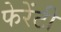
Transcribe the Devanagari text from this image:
फेरेंटी